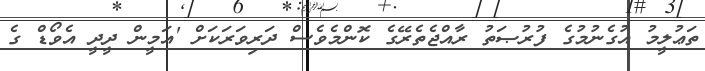
ތަޢުލީމު އުގެނުމުގެ ފުރުޞަތު ރާއްޖެތެރޭގެ ކޮންމެވެސް ދަރިވަރަކަށް 'އަމީން ދީދީ އެވޯޑް ގެ